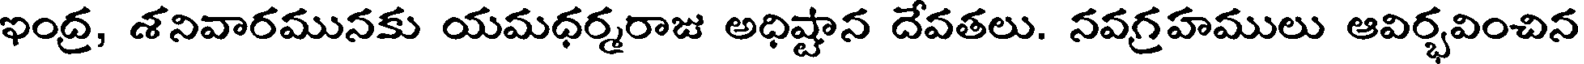
ఇంద్ర, శనివారమునకు యమధర్మరాజు అధిష్టాన దేవతలు. నవగ్రహములు ఆవిర్భవించిన